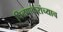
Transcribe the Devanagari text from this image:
पिळणकरांच्याच